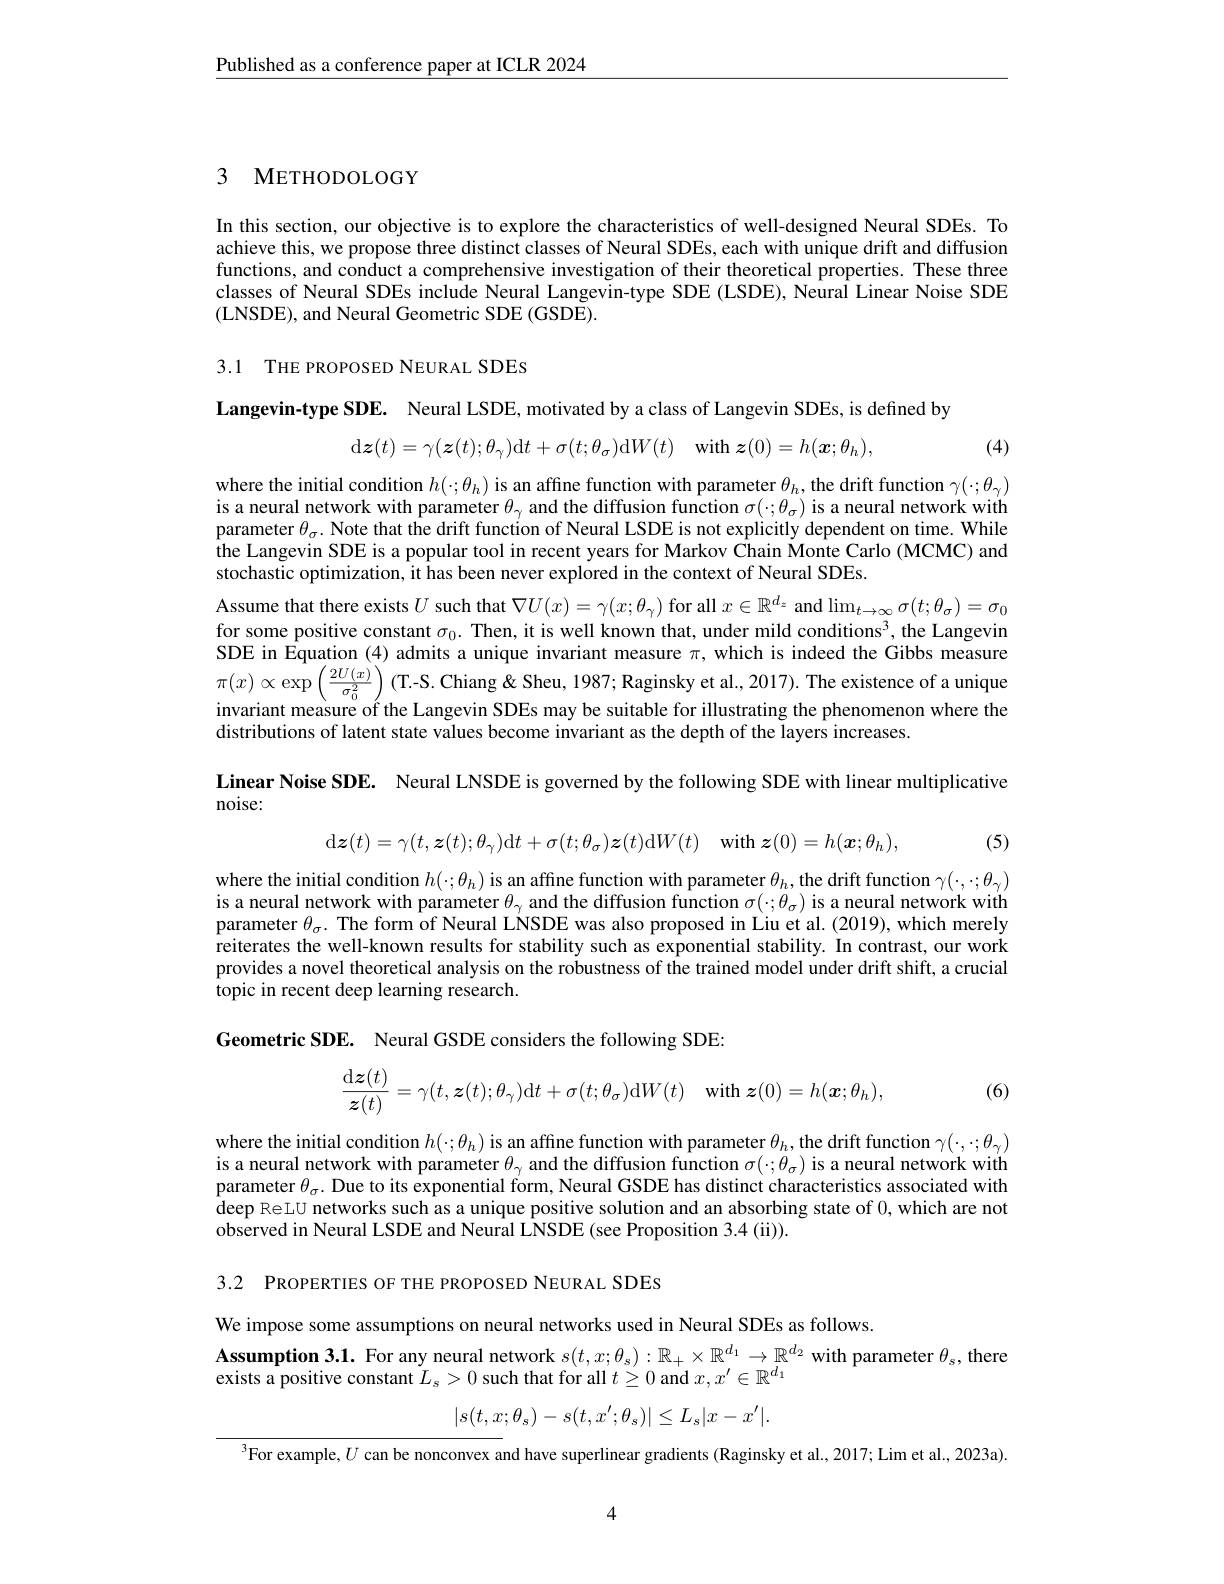
$\underline{\text{Published as a conference paper at ICLR 2024}}$

3 METHODOLOGY

In this section, our objective is to explore the characteristics of well-designed Neural SDEs. To achieve this, we propose three distinct classes of Neural SDEs, each with unique drift and diffusion functions, and conduct a comprehensive investigation of their theoretical properties. These three classes of Neural SDEs include Neural Langevin-type SDE (LSDE), Neural Linear Noise SDE (LNSDE), and Neural Geometric SDE (GSDE).

3.1 THE PROPOSED NEURAL SDES

Langevin-type SDE. Neural LSDE, motivated by a class of Langevin SDEs, is defined by
$$\mathrm{d}\boldsymbol{z}(t)=\gamma(\boldsymbol{z}(t);\theta_{\gamma})\mathrm{d}t+\sigma(t;\theta_{\sigma})\mathrm{d}W(t)\quad\mathrm{with}\:\boldsymbol{z}(0)=h(\boldsymbol{x};\theta_{h}),$$
(4)

where the initial condition $h(\cdot;\theta_h)$ is an affine function with parameter $\theta_h$, the drift function $\gamma(\cdot;\theta_\gamma)$ is a neural network with parameter $\theta_\gamma$ and the diffusion function $\sigma(\cdot;\theta_\sigma)$ is a neural network with parameter $\theta_\sigma.$ Note that the drift function of Neural LSDE is not explicitly dependent on time. While the Langevin SDE is a popular tool in recent years for Markov Chain Monte Carlo (MCMC) and stochastic optimization, it has been never explored in the context of Neural SDEs.
Assume that there exists $U$ such that $\nabla U(x)=\gamma(x;\theta_\gamma)$ for all $x\in\mathbb{R}^d_z$ and $\lim_t\to\infty\sigma(t;\theta_\sigma)=\sigma_0$ for some positive constant $\sigma_0.$ Then, it is well known that, under mild conditions$^3$, the Langevin SDE in Equation (4) admits a unique invariant measure $\pi$, which is indeed the Gibbs measure $\pi(x)\propto\exp\left(\frac{2U(x)}{\sigma_{0}^{2}}\right)($T-S. Chiang&Sheu, 1987; Raginsky et al., 2017). The existence of a unique invariant measure of the Langevin SDEs may be suitable for illustrating the phenomenon where the distributions of latent state values become invariant as the depth of the layers increases.
Linear Noise SDE. Neural LNSDE is governed by the following SDE with linear multiplicative

noise:
$$\mathrm{d}\boldsymbol{z}(t)=\gamma(t,\boldsymbol{z}(t);\theta_{\gamma})\mathrm{d}t+\sigma(t;\theta_{\sigma})\boldsymbol{z}(t)\mathrm{d}W(t)\quad\mathrm{with}\:\boldsymbol{z}(0)=h(\boldsymbol{x};\theta_{h}),$$
(5)

where the initial condition $h(\cdot;\theta_h)$ is an affine function with parameter $\theta_h$, the drift function $\gamma(\cdot,\cdot;\theta_\gamma)$ is a neural network with parameter $\theta_\gamma$ and the diffusion function $\sigma(\cdot;\theta_\sigma)$ is a neural network with parameter $\theta_\sigma.$ The form of Neural LNSDE was also proposed in Liu et al. (2019), which merely reiterates the well-known results for stability such as exponential stability. In contrast, our work provides a novel theoretical analysis on the robustness of the trained model under drift shift, a crucial topic in recent deep learning research.

Geometric SDE. Neural GSDE considers the following SDE:
$$\dfrac{\mathrm{d}\boldsymbol{z}(t)}{\boldsymbol{z}(t)}=\gamma(t,\boldsymbol{z}(t);\theta_\gamma)\mathrm{d}t+\sigma(t;\theta_\sigma)\mathrm{d}W(t)\quad\text{with}\boldsymbol{z}(0)=h(\boldsymbol{x};\theta_h),$$
(6)

where the initial condition $h(\cdot;\theta_h)$ is an affine function with parameter $\theta_h$, the drift function $\gamma(\cdot,\cdot;\theta_{\gamma})$ is a neural network with parameter $\theta_\gamma$ and the diffusion function $\sigma(\cdot;\theta_\sigma)$ is a neural network with parameter $\theta_\sigma.$ Due to its exponential form, Neural GSDE has distinct characteristics associated with deep ReLU networks such as a unique positive solution and an absorbing state of 0,which are not observed in Neural LSDE and Neural LNSDE (see Proposition 3.4 (ii)).

3.2 PROPERTIES OF THE PROPOSED NEURAL SDES

We impose some assumptions on neural networks used in Neural SDEs as follows
Assumption 3.1. For any neural network $s(t,x;\theta_s):\mathbb{R}_+\times\mathbb{R}^{d_1}\to\mathbb{R}^{d_2}$ with parameter $\theta_s$, there
exists a positive constant $L_{\mathrm{s}}>0$ such that for all $t\geq0$ and $x,x^\prime\in\mathbb{R}^{d_1}$
$$|s(t,x;\theta_s)-s(t,x';\theta_s)|\leq L_s|x-x'|.$$
$^{3}$For example, $U$ can be nonconvex and have superlinear gradients (Raginsky et al., 2017; Lim et al., 2023a).

4